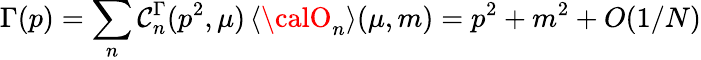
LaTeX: \Gamma(p)=\sum_{n}\mathcal{C}_{n}^{\Gamma}(p^{2},\mu)\, \langle{\calO}_{n}\rangle(\mu,m)=p^{2}+m^{2}+O(1/N)